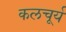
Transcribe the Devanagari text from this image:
कलचूर्य